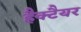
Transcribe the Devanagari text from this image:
हैक्टैयर